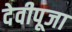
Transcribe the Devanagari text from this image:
देवीपूजा